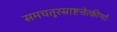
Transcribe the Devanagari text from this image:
समचतुरस्राष्टज्रेत्कीर्णाः